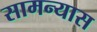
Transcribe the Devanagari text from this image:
सामन्यास